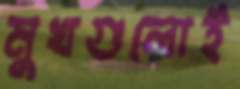
মুখগুলোই